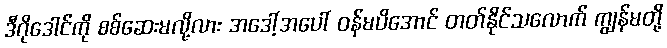
ဒီဂိုဒေါင်ကို စစ်ဆေးမလို့လား အဒေါ့်အပေါ် ဝန်မပိအောင် တတ်နိုင်သလောက် ကျွန်မတို့